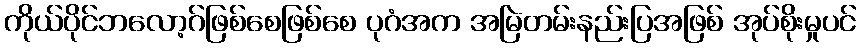
ကိုယ်ပိုင်ဘလော့ဂ်ဖြစ်စေဖြစ်စေ ပုဂံအက အမြဲတမ်းနည်းပြအဖြစ် အုပ်စိုးမှုပင်